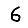
Digit: 6